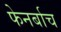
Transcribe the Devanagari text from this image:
फेनर्बाच